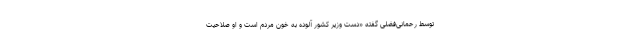
توسط رحمانی‌فضلی گفته «دست وزیر کشور آلوده به خون مردم است و او صلاحیت